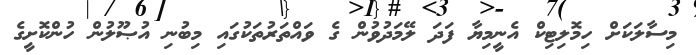
މިސާލަކަށް ހިމޮލިޓިކް އެނީމިޔާ ފަދަ ލޭމަދުވުން ގެ ވައްތަރުތަކުގައި މިބުނި އުޞޫލުން ހުންކޮށީގެ